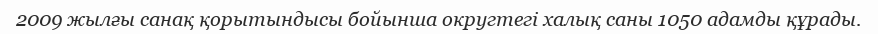
2009 жылғы санақ қорытындысы бойынша округтегі халық саны 1050 адамды құрады.